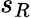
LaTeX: s_{R}